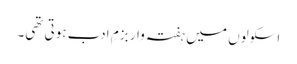
اسکولوں میں ہفتہ وار بزمِ ادب ہوتی تھی۔